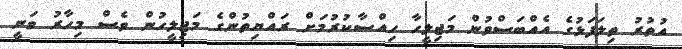
އުތުރު ތިލަފަޅުގެ އެއްބަސްވުން މަޖިލީހާ ހިއްސާކުރުމަށް ރައްޔިތުންގެ މަޖިލީހުން ވެސް މިހާރު ވަނީ